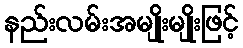
နည်းလမ်းအမျိုးမျိုးဖြင့်